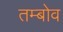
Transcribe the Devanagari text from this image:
तम्बोव